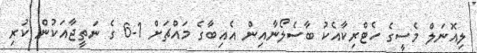
ލިއޮނަލް މެސީގެ ހެޓްރިކާއެކު ބާސެލޯނާއިން އެއިބާގެ މައްޗަށް 1-6 ގެ ނަތީޖާއަކުން ކުރި